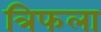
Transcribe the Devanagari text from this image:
त्रिफला